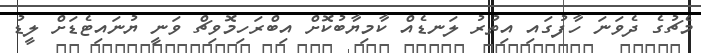
މެޗުގެ ދެވަނަ ހާފުގައި އިތުރު ލަނޑެއް ކާމިޔާބުކޮށް އިބްރަހިމޮވިޗް ވަނީ ޔުނައިޓެޑަށް ލީޑު